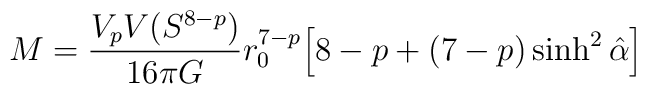
M = \frac{V_p V(S^{8-p})}{16 \pi G} r_0^{7-p}\Big[ 8-p + (7-p) \sinh^2 \hat{\alpha} \Big]